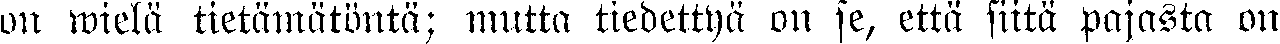
un wielä tietämätöntä; mutta tiedettyä on se, että siitä pajasta on